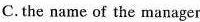
C. the name of the manager